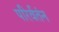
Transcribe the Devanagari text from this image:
परिर्वतंन